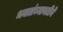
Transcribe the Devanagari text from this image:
भक्तांच्यावतीने